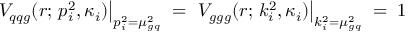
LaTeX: \left. V _ { q q g } ( r ; \, p _ { i } ^ { 2 } , \kappa _ { i } ) \right| _ { p _ { i } ^ { 2 } = \mu _ { g q } ^ { 2 } } \; = \; \left. V _ { g g g } ( r ; \, k _ { i } ^ { 2 } , \kappa _ { i } ) \right| _ { k _ { i } ^ { 2 } = \mu _ { g q } ^ { 2 } } \; = \; 1